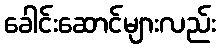
ခေါင်းဆောင်များလည်း